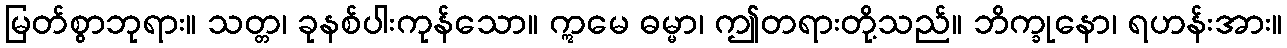
မြတ်စွာဘုရား။ သတ္တ၊ ခုနစ်ပါးကုန်သော။ ဣမေ ဓမ္မာ၊ ဤတရားတို့သည်။ ဘိက္ခုနော၊ ရဟန်းအား။